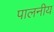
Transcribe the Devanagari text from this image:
पालनीय